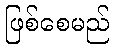
ဖြစ်စေမည်